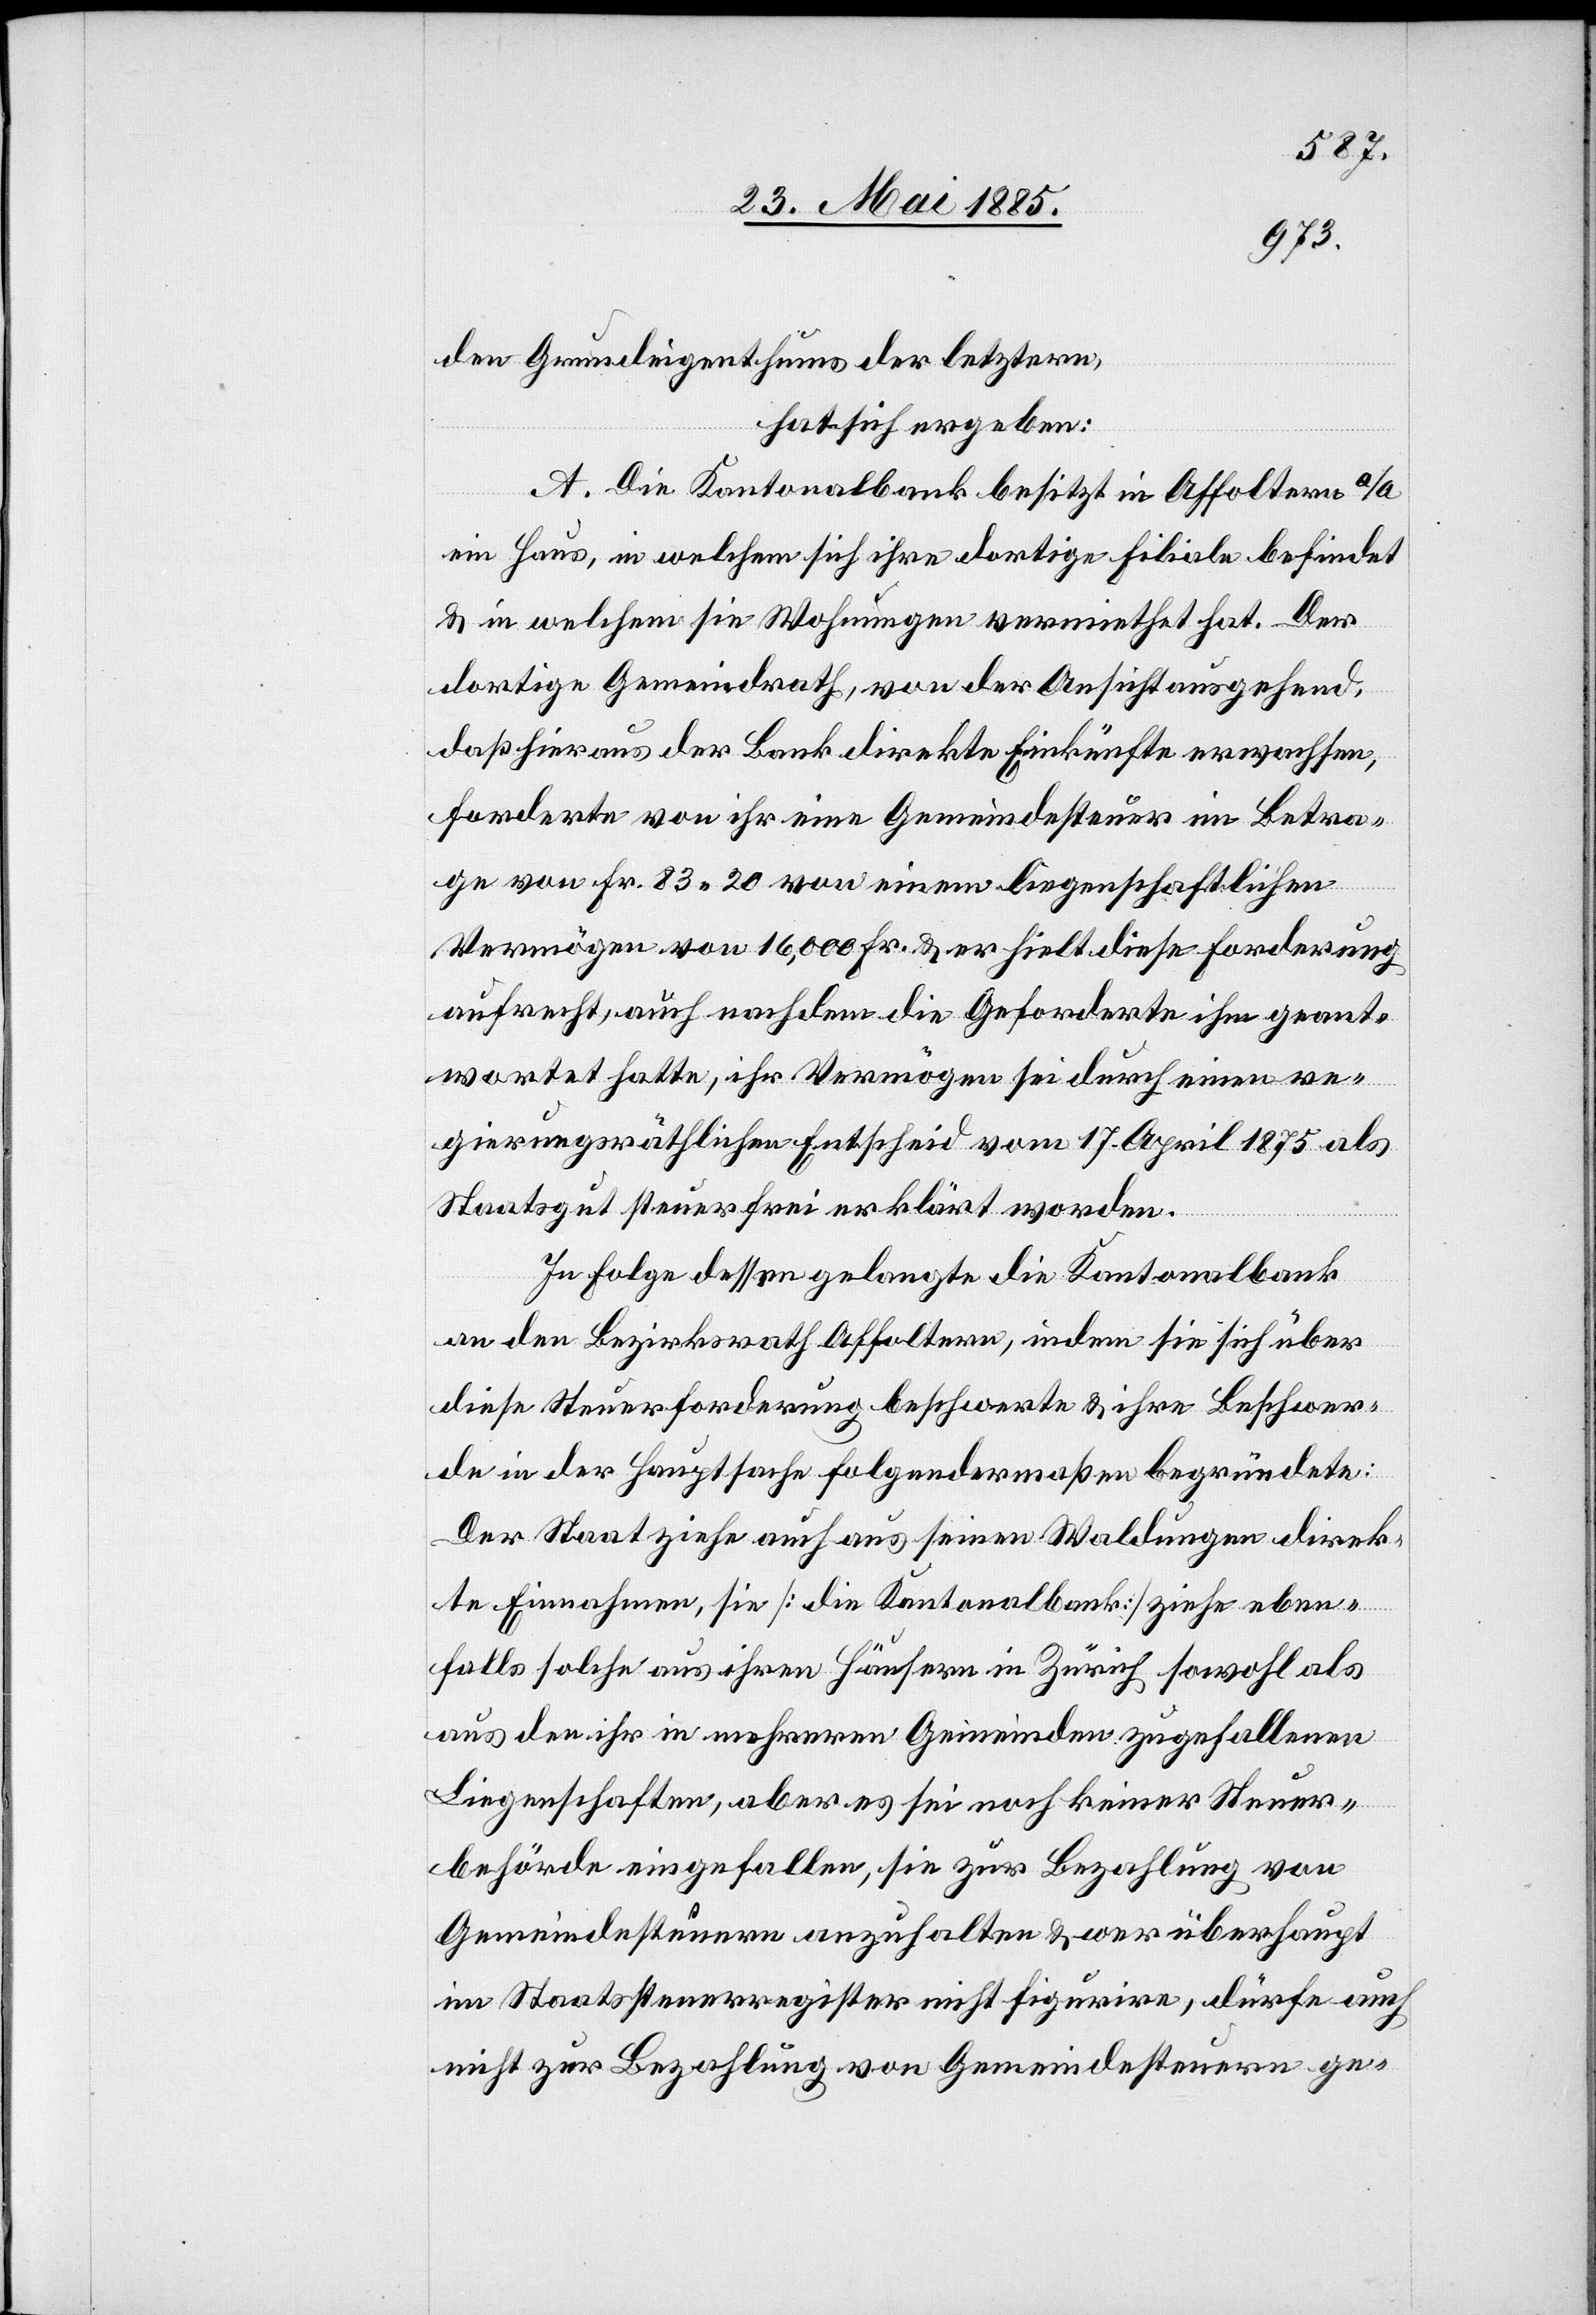
den Grundeigenthums der letztern,
hat sich ergeben:
A. Die Kantonalbank besitzt in Affoltern a/A
ein Haus, in welchem sich ihre dortige Filiale befindet
& in welchem sie Wohnungen vermiethet hat. Der
dortige Gemeindrath, von der Ansicht ausgehend,
daß hier aus der Bank direkt Einkünfte erwachsen,
forderte von ihr eine Gemeindesteuer im Betra¬
ge von Fr. 83 20 von einem liegenschaftlichen
Vermögen von 16,000 Fr. & er hielt diese Forderung
aufrecht, auch nachdem die Geforderte ihm geant¬
wortet hatte, ihr Vermögen sei durch einen re¬
gierungrsräthlichen Entscheid vom 17. April 1875 als
Staatsgut steuerfrei erklärt worden.
In Folge dessen gelangte die Kantonalbank
an den Bezirksrath Affoltern, indem sie sich über
diese Steuerforderung beschwerte & ihre Beschwer¬
de in der Hauptsache folgendermaßen begründete:
Der Staat ziehe auch aus seinen Waldungen direk¬
te Einnahmen, sie [die Kantonalbank] ziehe eben¬
falls solche aus ihren Häusern in Zürich sowohl als
aus den ihr in mehreren Gemeinden zugefallenen
Liegenschaften, aber es sei noch keiner Steuer¬
behörde eingefallen, sie zur Bezahlung von
Gemeindesteuern anzuhalten & wer überhaupt
im Staatsteuerregister nicht figurire, dürfe auch
nicht zur Bezahlung von Gemeindesteuern ge-